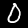
Digit: 0